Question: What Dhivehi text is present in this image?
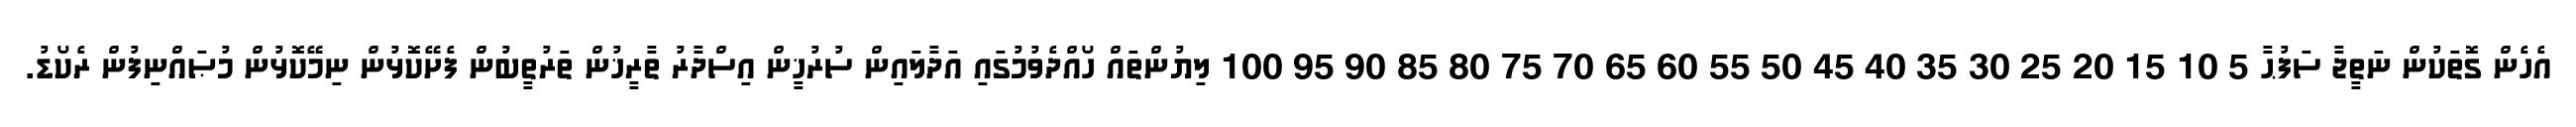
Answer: އެހެން ގޮތަކުން ނަތީޖާ ސަފުޙާ 5 10 15 20 25 30 35 40 45 50 55 60 65 70 75 80 85 90 95 100 ލިޔުންތައް ހޯއްދެވުމުގައި އަދާލައިން ސުރުޚީން އިސްދާރު ތާރީޚުން ތަރުތީބުން ފެށޭކޮޅުން ނިމޭކޮޅުން މުޞައްނިފުން ރެކޯޑު.